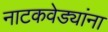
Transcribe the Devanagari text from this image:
नाटकवेड्यांना